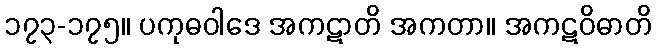
၁၇၃-၁၇၅။ ပကုဓဝါဒေ အကဋာတိ အကတာ။ အကဋဝိဓာတိ